Report on sanitation, dispensaries, and jails in Rajputana for 1917, and on vaccination for the year 1917-1918 - 1917-1918
Year: 1917
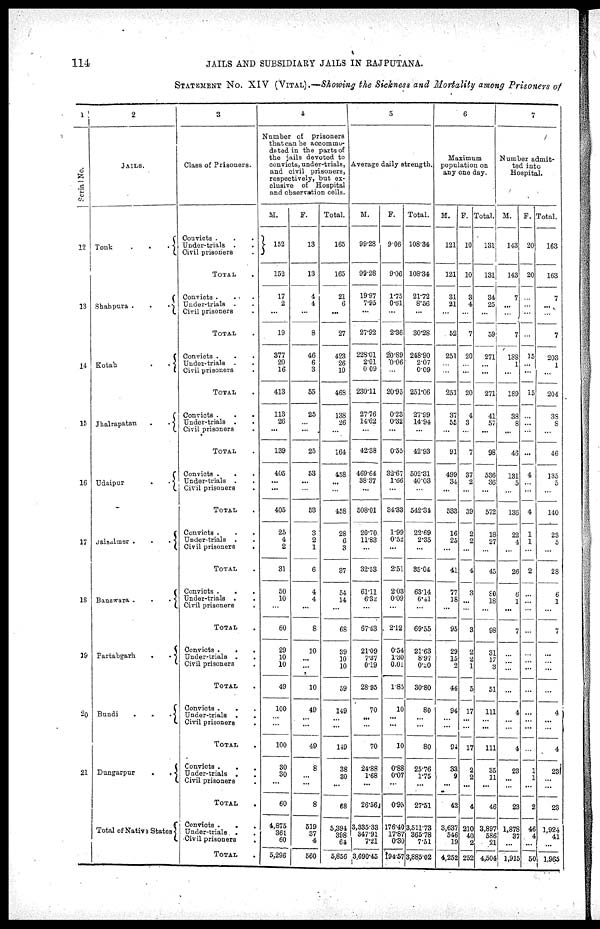
114
JAILS AND SUBSIDIARY JAILS IN RAJPUTANA.
STATEMENT No. XIV (VITAL).—Showing the Sickness and Mortality among Prisoners of
1
Serial No.
12
13
14
15
16
17
18
19
20
21
2
JAILS.
Tonk
.
.
.
Shahpura .
.
.
Kotah
.
.
Jhalrapatan
.
.
Udaipur
.
.
Jaisalmer .
.
.
Banswara .
.
.
Partabgarh
.
.
Bundi
.
.
.
Dungarpur
.
.
Total of Native States
3
Class of Prisoners.
Convicts . .
Under-trials . .
Civil prisoners .
TOTAL .
Convicts . . .
Under-trials . .
Civil prisoners .
TOTAL .
Convicts . . .
Under-trials . .
Civil prisoners .
TOTAL .
Convicts . .
Under-trials . .
Civil prisoners .
TOTAL .
Convicts . . .
Under-trials . .
Civil prisoners .
TOTAL .
Convicts . . .
Under-trials . .
Civil prisoners
.
TOTAL .
Convicts . . .
Under-trials . .
Civil prisoners .
TOTAL .
Convicts .
. .
Under-trials . .
Civil prisoners .
TOTAL .
Convicts .
. .
Under-trials . .
Civil prisoners .
TOTAL .
Convicts .
. .
Under-trials . .
Civil prisoners .
TOTAL .
Convicts .
.
.
Under-trials .
.
Civil prisoners .
TOTAL .
4
Number of
prisoners
that can be accommo¬
dated in the parts of
the jails devoted to
convicts, under-trials,
and civil prisoners,
respectively, but ex-
clusive of Hospital
and observation cells.
M.
152
152
17
2
...
19
377
20
16
413
113
26
...
139
405
...
...
405
25
4
2
31
50
10
...
60
29
10
10
49
100
...
...
100
30
30
...
60
4,875
361
60
5,296
F.
13
13
4
4
...
8
46
6
3
55
25
...
...
25
53
...
...
53
3
2
1
6
4
4
...
8
10
...
...
10
49
...
...
49
8
...
...
8
519
37
4
560
Total.
165
165
21
6
...
27
423
26
19
468
138
26
...
164
458
...
...
458
28
6
3
37
54
14
...
68
39
10
10
59
149
...
...
149
38
30
...
68
5,394
398
64
5,856
5
Average daily strength.
M.
99.28
99.28
19.97
7.95
...
27.92
228.01
2.01
0.09
230.11
27.76
14.62
...
42.38
469.64
38.37
...
508.01
20.70
11.83
...
32.53
61.11
6.32
...
67.43
21.09
7.37
0.19
28.95
70
...
...
70
24.88
1.68
...
26.56
3,335.33
347.91
7.21
3,690.45
F.
9.06
9.06
1.75
0.61
...
2.36
20.89
0.06
...
20.95
0.23
0.32
...
0.55
32.67
1.66
...
34.33
1.99
0.52
...
2.51
2.03
0.09
...
2.12
0.54
1.30
0.01
1.85
10
...
...
10
0.88
0.07
...
0.95
176.40
17.87
0.30
194.57
Total.
108.34
108.34
21.72
8.56
...
30.28
248.90
2.07
0.09
251.06
27.99
14.94
...
42.93
502.31
40.03
...
542.34
22.69
2.35
...
35.04
63.14
6.41
...
69.55
21.63
8.97
0.20
30.80
80
...
...
80
25.76
1.75
...
27.51
3,511.73
365.78
7.51
3,885.02
6
Maximum
population on
any one day.
M.
121
121
31
21
...
52
251
...
...
251
37
55
...
91
499
34
...
533
16
25
...
41
77
18
...
95
29
15
2
46
94
...
...
94
33
9
...
42
3,637
546
19
4,252
F.
10
10
3
4
...
7
20
...
...
20
4
3
...
7
37
2
...
39
2
2
...
4
3
...
...
3
2
2
1
5
17
...
...
17
2
2
...
4
210
40
2
252
Total.
131
131
34
25
...
59
271
... ...
271
41
57
...
98
536
36
...
572
18
27
...
45
80
18
...
98
31
17
3
51
111
...
...
111
35
11
...
46
3,897
586
21
4,504
7
Number admit-
ted into
Hospital.
M.
143
143
7
...
...
7
188
...
...
189
38
8
...
46
131
5
...
136
22
4
...
26
6
1
...
7
...
...
...
...
4
...
...
4
23
...
...
23
1,878
37
...
1,915
F.
20
20
...
...
...
...
15
...
...
15
...
...
...
...
4
...
...
4
1
1
...
2
...
...
...
...
...
...
...
...
...
...
...
...
1
1
...
2
46
4
...
50
Total.
163
163
7
...
...
7
203
1
...
204
38
8
...
46
135
5
...
140
23
...
...
28
6
1
...
7
...
...
...
...
4
...
...
4
23
...
...
23
1,924
41
...
1,965